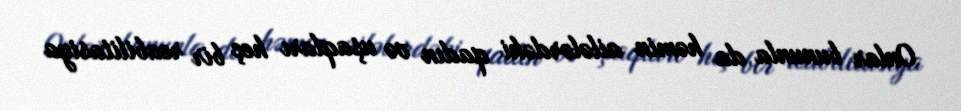
Onlar bununla da həmin ailələrdəki qadın və uşaqları heç bir reabilitasiya